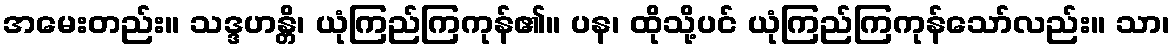
အမေးတည်း။ သဒ္ဒဟန္တိ၊ ယုံကြည်ကြကုန်၏။ ပန၊ ထိုသို့ပင် ယုံကြည်ကြကုန်သော်လည်း။ သာ၊